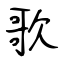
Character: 歌